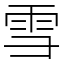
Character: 雪